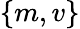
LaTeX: \{ m,v\}